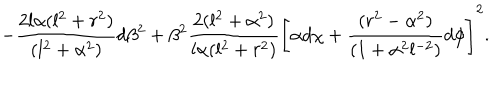
- { \frac { 2 l \alpha ( l ^ { 2 } + r ^ { 2 } ) } { ( l ^ { 2 } + \alpha ^ { 2 } ) } } d \beta ^ { 2 } + \beta ^ { 2 } { \frac { 2 ( l ^ { 2 } + \alpha ^ { 2 } ) } { l \alpha ( l ^ { 2 } + r ^ { 2 } ) } } \left[ \alpha d \chi + { \frac { ( r ^ { 2 } - \alpha ^ { 2 } ) } { ( 1 + \alpha ^ { 2 } l ^ { - 2 } ) } } d \phi \right] ^ { 2 } .